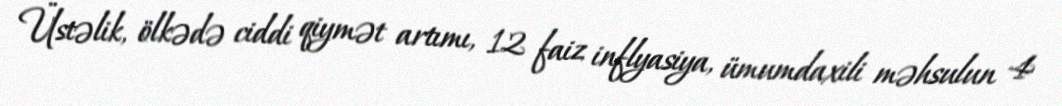
Üstəlik, ölkədə ciddi qiymət artımı, 12 faiz inflyasiya, ümumdaxili məhsulun 4